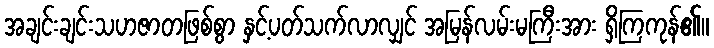
အချင်းချင်းသဟဇာတဖြစ်စွာ နှင့်ပတ်သက်လာလျှင် အမြန်လမ်းမကြီးအား ရှိကြကုန်၏။